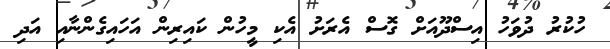
ހުކުރު ދުވަހު އިސްދޫއަށް ގޮސް އެރަށު އެކި މީހުން ކައިރިން އަހައިގެންނާއި އަދި